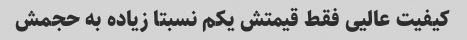
کیفیت عالیی فقط قیمتش یکم نسبتا زیاده به حجمش